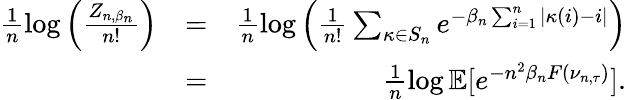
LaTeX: \begin{array}{rlr}{\frac{1}{n}\log\Big(\frac{Z_{n,\beta_{n}}}{n!}\Big)}&{=}&{\frac{1}{n}\log\Big(\frac{1}{n!}\sum_{\kappa\in S_{n}}e^{-\beta_{n}\sum_{i=1}^{n}|\kappa(i)-i|}\Big)}\\ &{=}&{\frac{1}{n}\log{\mathbb{E}[e^{-n^{2}\beta_{n}F(\nu_{n,\tau})}]}.}\end{array}